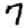
Digit: 7